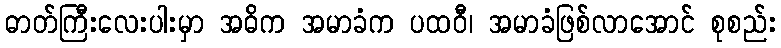
ဓာတ်ကြီးလေးပါးမှာ အဓိက အမာခံက ပထဝီ၊ အမာခံဖြစ်လာအောင် စုစည်း